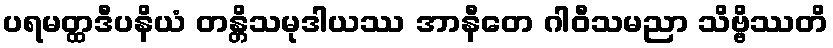
ပရမတ္ထဒီပနိယံ တန္တိသမုဒါယဿ အာနီတေ ဂါဝီသမညာ သိဗ္ဗိဿတိ